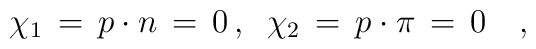
\chi_1 \,=\, p \cdot n \,= \, 0 \,, \;\; \chi_2 \,=\, p \cdot \pi\, =\, 0 \quad ,